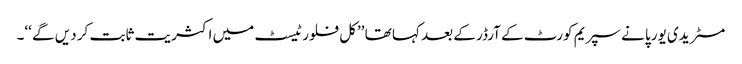
مسٹر یدی یورپا نے سپریم کورٹ کے آرڈر کے بعد کہا تھا ’’کل فلور ٹیسٹ میں اکثریت ثابت کر دیں گے ‘‘۔